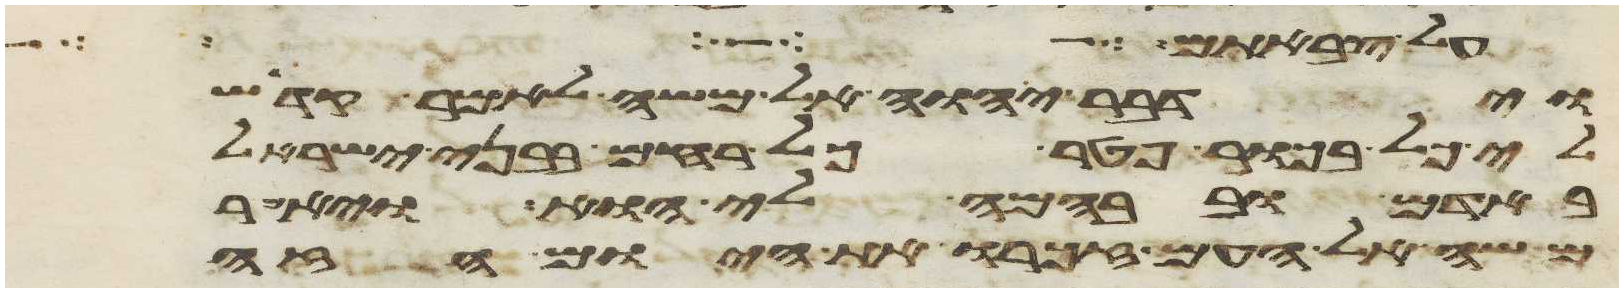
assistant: על צבאתם
וידבר יהוה אל משה לאמר קדש
לי כל בכור פטר כל רחם בבני ישראל
באדם ובבהמה לי הוא ויאמר
משה אל העם זכרו את היום הזה